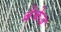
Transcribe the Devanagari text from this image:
ब्रेकेज